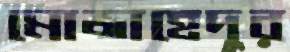
মোজাহেদুর